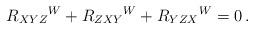
LaTeX: \begin{align*}R_{XYZ}{}^W+R_{ZXY}{}^W+R_{YZX}{}^W=0\,. \end{align*}